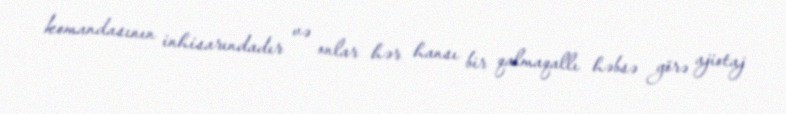
komandasının inhisarındadır və onlar hər hansı bir qalmaqallı həbsə görə ajiotaj